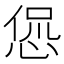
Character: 𫺛